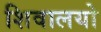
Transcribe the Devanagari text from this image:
शिवालयो